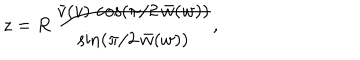
z = R \, \frac { \bar { v } ( v ) \, \cos \left( \pi / 2 \, \bar { w } ( w ) \right) } { \sin \left( \pi / 2 \, \bar { w } ( w ) \right) } ,